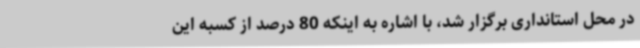
در محل استانداری برگزار شد، با اشاره به اینکه 80 درصد از کسبه این